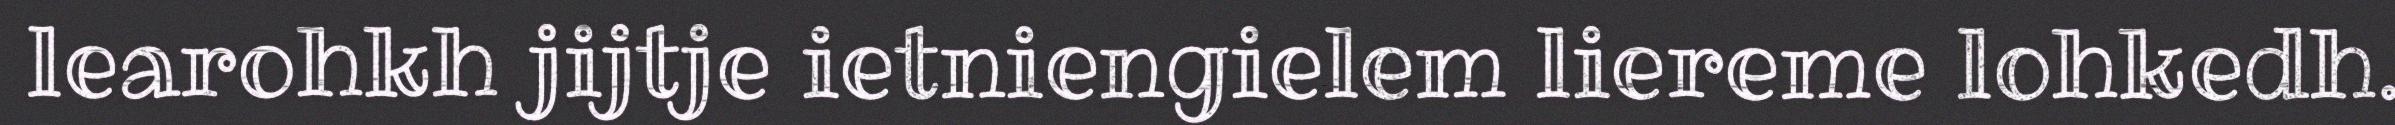
learohkh jijtje ietniengielem liereme lohkedh.